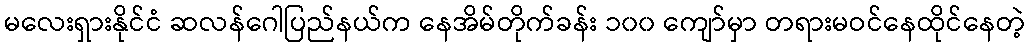
မလေးရှားနိုင်ငံ ဆလန်ဂေါပြည်နယ်က နေအိမ်တိုက်ခန်း ၁၀၀ ကျော်မှာ တရားမဝင်နေထိုင်နေတဲ့